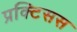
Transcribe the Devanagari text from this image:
प्रक्टिसस